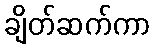
ချိတ်ဆက်ကာ